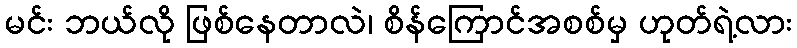
မင်း ဘယ်လို ဖြစ်နေတာလဲ၊ စိန်ကြောင်အစစ်မှ ဟုတ်ရဲ့လား